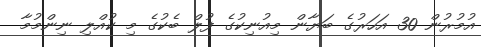
އުމުރުން 30 އަހަރުގެ ބަޔާން މިއުނިކުގެ ފުލް ބެކުގެ މި ކުއްލި ނިންމުމާ